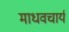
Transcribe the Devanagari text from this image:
माधवचार्य